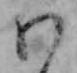
わ